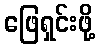
ဖြေရှင်းဖို့